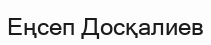
Еңсеп Досқалиев